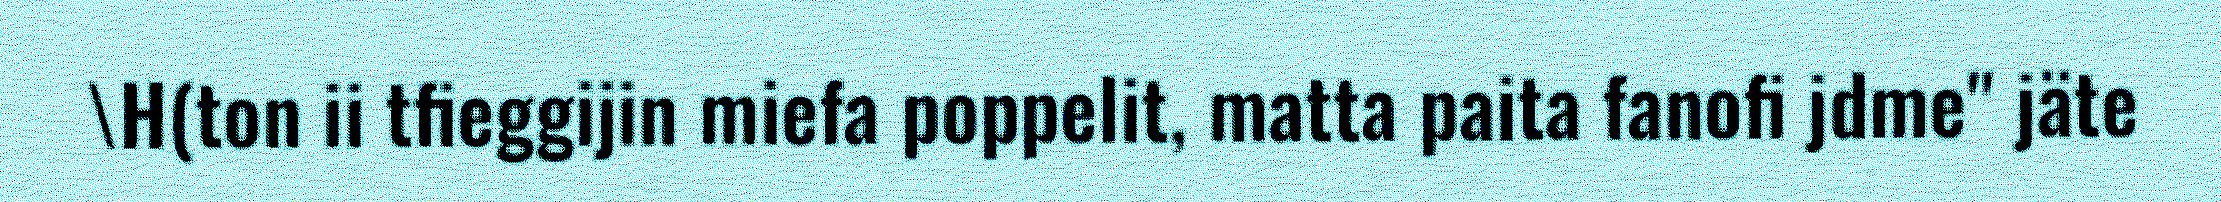
\H(ton ii tfieggijin miefa poppelit, matta paita fanofi jdme" jäte